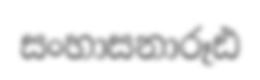
සංහාසනාරූඪ